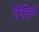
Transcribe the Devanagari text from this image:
पैरोडियां